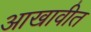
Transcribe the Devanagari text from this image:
आखावीत